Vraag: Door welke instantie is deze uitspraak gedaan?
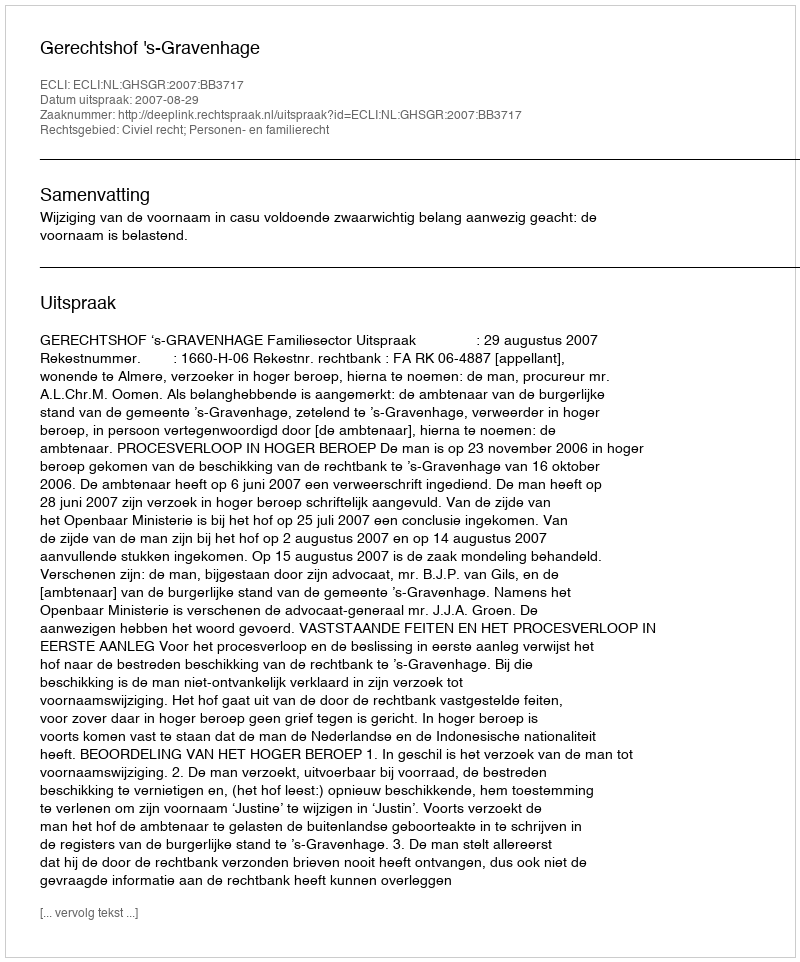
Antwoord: Gerechtshof 's-Gravenhage